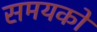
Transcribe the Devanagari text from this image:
समयको